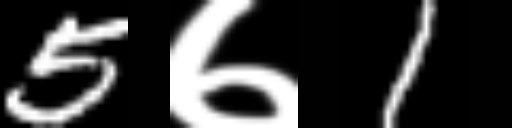
Text: 5७1